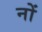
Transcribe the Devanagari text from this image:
नों